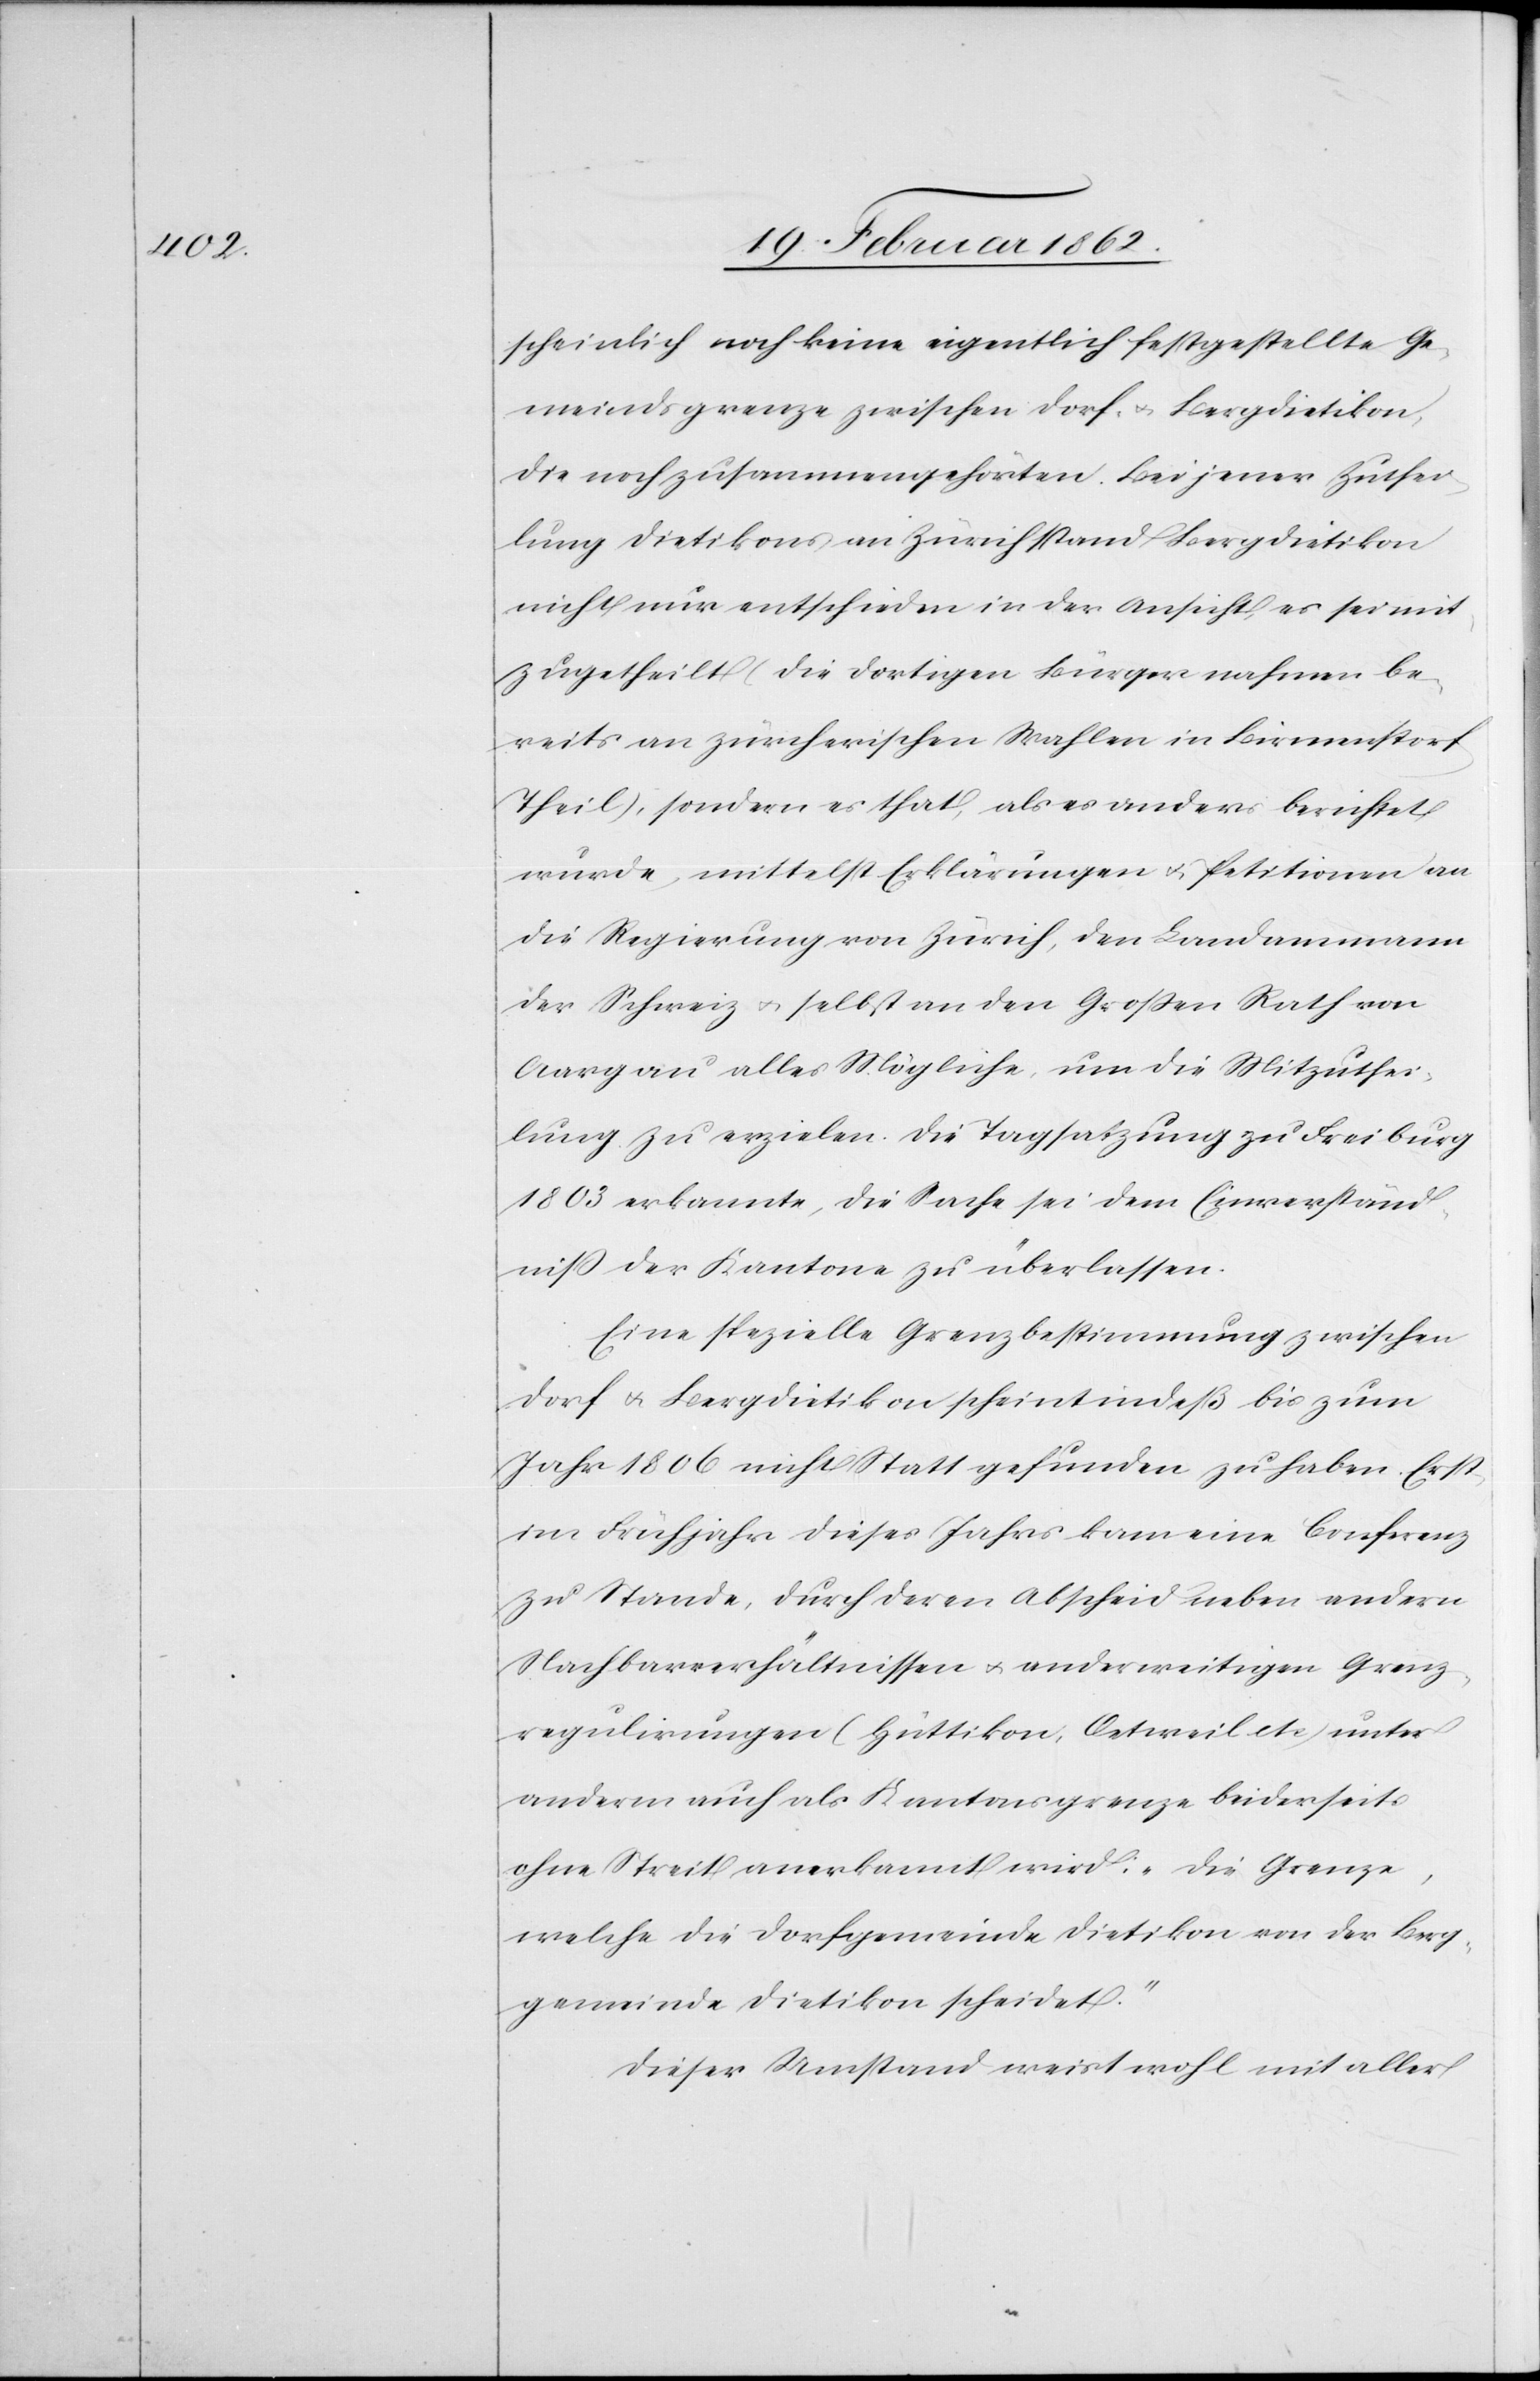
scheinlich noch keine eigentlich festgestellte Ge¬
meindsgrenze zwischen Dorf- u. Bergdietikon,
die noch zusammengehörten. Bei jener Zuthei¬
lung Dietikons an Zürich stand Bergdietikon
nicht nur entschieden in der Ansicht, es sei mit¬
zugetheilt (die dortigen Bürger nahmen be¬
reits an zürcherischen Wahlen in Birmenstorf
Theil), sondern es that, als es anders berichtet
wurde, mittelst Erklärungen u. Petitionen an
die Regierung von Zürich, den Landammann
der Schweiz u. selbst an den Großen Rath von
Aargau alles Mögliche, um die Mitzuthei¬
lung zu erzielen. Die Tagsatzung zu Freiburg
1803 erkannte, die Sache sei dem Einverständ¬
niß der Kantone zu überlassen.
Eine spezielle Grenzbestimmung zwischen
Dorf u. Bergdietikon scheint indeß bis zum
Jahr 1806 nicht Statt gefunden zu haben. Erst
im Frühjahr dieses Jahres kam eine Conferenz
zu Stande, durch deren Abscheid neben andern
Nachbarverhältnissen u. anderweitigen Grenz¬
regulirungen (Hüttikon, Oetweil etc) unter
anderm auch als Kantonsgrenze beiderseits
ohne Streit anerkannt wird: „Die Grenze,
welche die Dorfgemeinde Dietikon von der Berg¬
gemeinde Dietikon scheidet.“
Dieser Umstand weist wohl mit aller